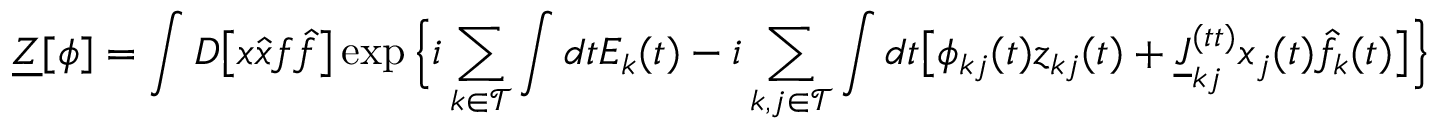
\underline { { Z } } [ \boldsymbol { \phi } ] = \int D \big [ x \hat { x } f \hat { f } \big ] \exp \Big \{ i \sum _ { k \in \mathcal { T } } \int d t E _ { k } ( t ) - i \sum _ { k , j \in \mathcal { T } } \int d t \big [ \phi _ { k j } ( t ) z _ { k j } ( t ) + \underline { { J } } _ { k j } ^ { ( t t ) } x _ { j } ( t ) \hat { f } _ { k } ( t ) \big ] \Big \}